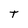
Character: T